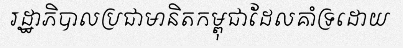
រដ្ឋាភិបាលប្រជាមានិតកម្ពុជាដែលគាំទ្រដោយ